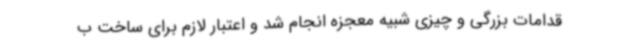
قدامات بزرگی و چیزی شبیه معجزه انجام شد و اعتبار لازم برای ساخت ب